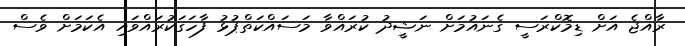
ރާއްޖެ އަށް ޑިމޮކްރަސީ ގެނައުމަށް ނަޝީދު ކުރައްވާ މަސައްކަތްޕުޅު ފާހަގަކުރައްވައި އެކަމަށް ވެސް